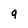
Character: 9